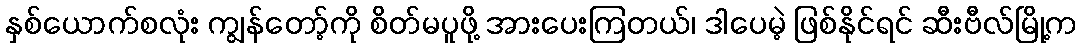
နှစ်ယောက်စလုံး ကျွန်တော့်ကို စိတ်မပူဖို့ အားပေးကြတယ်၊ ဒါပေမဲ့ ဖြစ်နိုင်ရင် ဆီးဗီလ်မြို့က